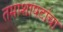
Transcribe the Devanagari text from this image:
तमाशापटांचा